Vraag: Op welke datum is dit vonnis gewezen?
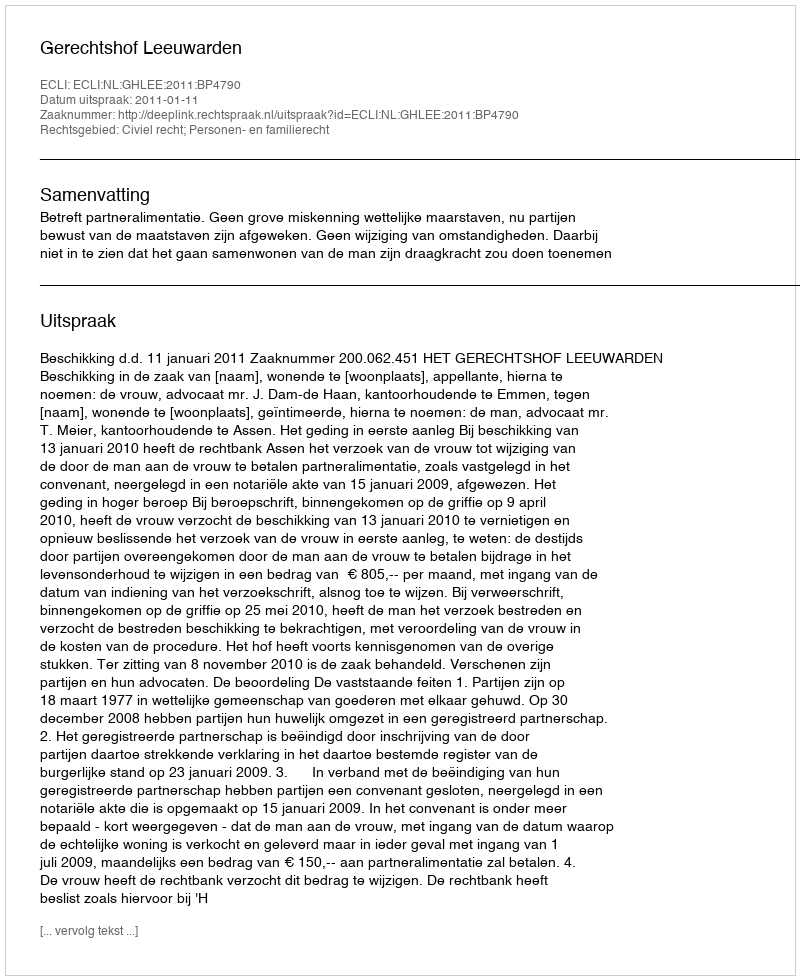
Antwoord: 2011-01-11